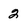
Character: 2